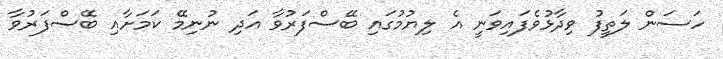
ހަސަން ލަތީފު ވިދާޅުވެފައިވަނީ އެ ލިޔުމުގައި ބޭސްފަރުވާ އަދި ނުނިމޭ ކަމަށާއި ބޭސްފަރުވާ